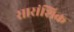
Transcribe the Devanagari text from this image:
सारांशिक